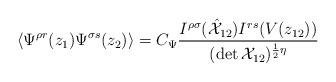
LaTeX: \begin{align*}\displaystyle{\langle \Psi^{\rho r}(z_{1})\Psi^{\sigma s}(z_{2})\rangle = C_{\Psi}\frac{I^{\rho\sigma}(\hat{{\cal X}}_{12})I^{rs}(V(z_{12}))}{(\det {\cal X}_{12})^{\frac{1}{2}\eta}}}\end{align*}